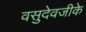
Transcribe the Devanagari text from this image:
वसुदेवजीके